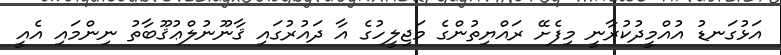
އަޅުގަނޑު އުއްމީދުކުރާނީ މިފެށޭ ރައްޔިތުންގެ މަޖިލީހުގެ އާ ދައުރުގައި ޤާނޫނުލްޢުޤޫބާތު ނިންމައި އެއީ